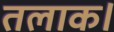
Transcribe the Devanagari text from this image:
तलाक।